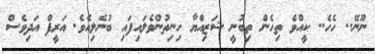
ނޫނޭ.. ހެހެ.. ކީއްވެ ތިހެން ތިބުނީ ޝަޒިއްޔާ ހިނިތުންވެލައިފައި ބުނެލިއެވެ. އަރީފް އަދިވެސް